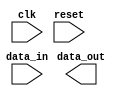
module Generate_Parameterized_Module #(parameter WIDTH = 8, parameter DEPTH = 16)(
    input wire clk,
    input wire reset,
    input wire [WIDTH-1:0] data_in,
    output reg [WIDTH-1:0] data_out
);

// Combinational logic
always @* begin
    // Add your combinational logic here
end

// Sequential logic
always @(posedge clk or posedge reset) begin
    if (reset) begin
        // Reset state
        // Add your reset logic here
    end else begin
        // Non-reset state
        // Add your sequential logic here
    end
end

endmodule